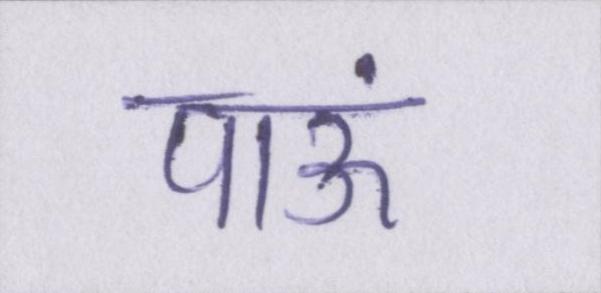
पाऊं